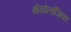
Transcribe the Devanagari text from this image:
थेयोलॉजिका